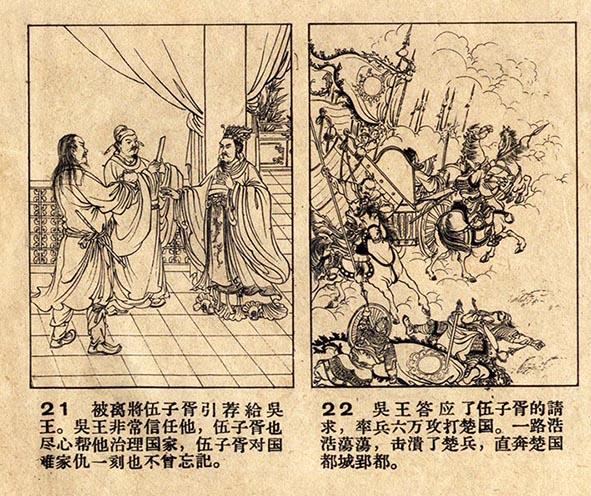
想子胥今夜见嫦娥，沉冤雪。